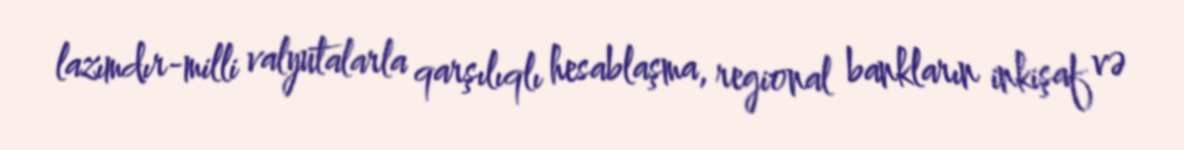
lazımdır-milli valyutalarla qarşılıqlı hesablaşma, regional bankların inkişaf və